Malaria in India - Number 2
Disease focus: Malaria
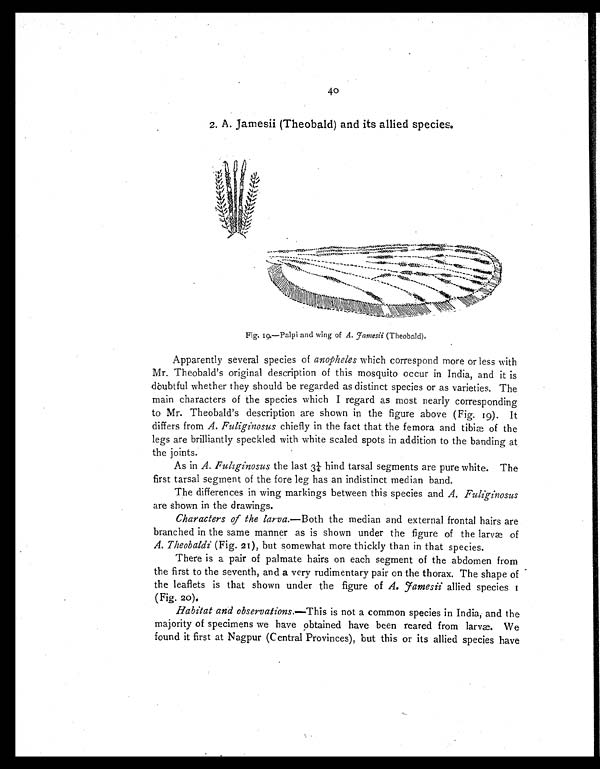
40
2. A. Jamesii (Theobald) and its allied species.
Fig. 19.—Palpi and wing of A. Jamesii (Theobald).
Apparently several species of anopheles which correspond more or less with
Mr. Theobald's original description of this mosquito occur in India, and it is
doubtful whether they should be regarded as distinct species or as varieties. The
main characters of the species which I regard as most nearly corresponding
to Mr. Theobald's description are shown in the figure above (Fig. 19). It
differs from A. Fuliginosus chiefly in the fact that the femora and tibiæ of the
legs are brilliantly speckled with white scaled spots in addition to the banding at
the joints.
As in A. Fuliginosus the last 3¼ hind tarsal segments are pure white. The
first tarsal segment of the fore leg has an indistinct median band.
The differences in wing markings between this species and A. Fuliginosus
are shown in the drawings.
Characters of the larva.—Both the median and external frontal hairs are
branched in the same manner as is shown under the figure of the larvæ of
A. Theobaldi (Fig. 21), but somewhat more thickly than in that species.
There is a pair of palmate hairs on each segment of the abdomen from
the first to the seventh, and a very rudimentary pair on the thorax. The shape of
the leaflets is that shown under the figure of A. Jamesii allied species
I (Fig. 20).
Habitat and observations.—This is not a common species in India, and the
majority of specimens we have obtained have been reared from larvæ. We
found it first at Nagpur (Central Provinces), but this or its allied species have